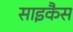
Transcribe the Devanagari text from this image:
साइकैस